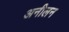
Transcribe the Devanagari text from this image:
अनीलन